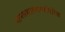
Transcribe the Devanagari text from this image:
मानसशास्त्राव्यतिरिक्त